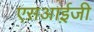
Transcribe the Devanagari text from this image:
एस़आई़जी